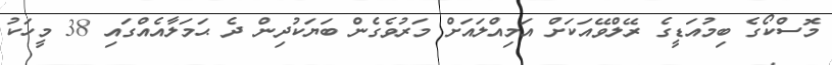
މޮސްކޯގެ ބިމުއަޑީގެ ރޭލްވޭއަކަށް އަމިއްލައަށް މަރުވެގެން ބަޔަކުދިން ދެ ޙަމަލާއެއްގައި 38 މީހަކު